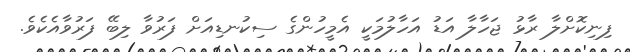
ފިނިކޮށްލާ ރާޅު ޖަހާލާ އަޑު އަހާލުމަކީ އެމީހުންގެ ސިކުނޑިއަށް ފަރުވާ ލިބޭ ފަރުވާއެކެވެ.